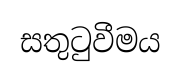
සතුටුවීමය